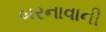
બરનાવાની